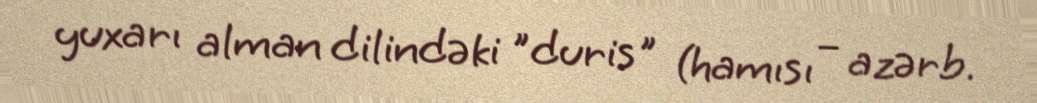
yuxarı alman dilindəki "duris" (hamısı – azərb.